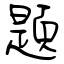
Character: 題